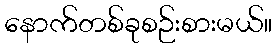
နောက်တစ်ခုစဉ်းစားမယ်။